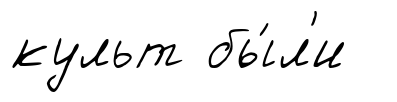
культ бы́л'и